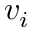
v _ { i }